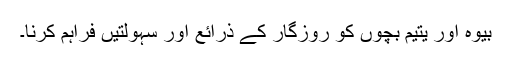
بیوہ اور یتیم بچوں کو روزگار کے ذرائع اور سہولتیں فراہم کرنا۔